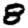
Digit: 8